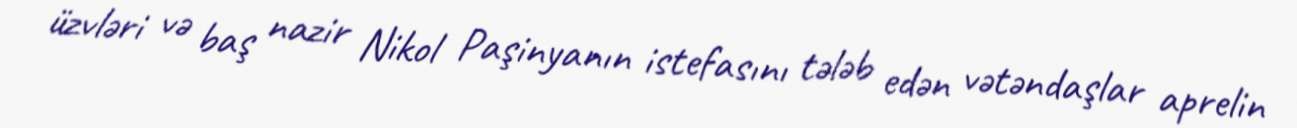
üzvləri və baş nazir Nikol Paşinyanın istefasını tələb edən vətəndaşlar aprelin